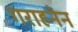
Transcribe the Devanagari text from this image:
गराहनेन